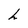
Character: h